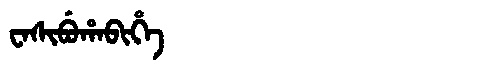
Manchu: ᠸᠠᠰᡳᠪᡠᡥᠠᠪᡳᡥᡝ
Romanization: WASIBUHABIHE